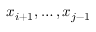
x _ { i + 1 } , \dots , x _ { j - 1 }